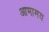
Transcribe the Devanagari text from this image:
आभामय